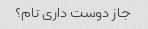
جاز دوست داری تام؟